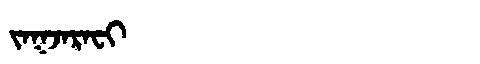
Manchu: ᠵᠠᡴᠵᠠᡵᠠᠸᡳ
Romanization: JAKJARAFI